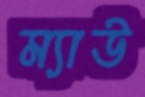
ম্যাউ